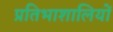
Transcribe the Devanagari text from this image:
प्रतिभाशालियों